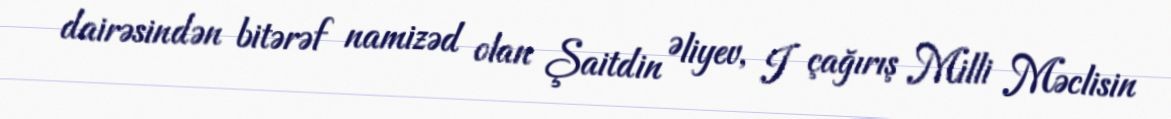
dairəsindən bitərəf namizəd olan Şaitdin Əliyev, I çağırış Milli Məclisin